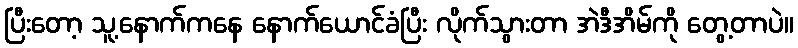
ပြီးတော့ သူ့နောက်ကနေ နောက်ယောင်ခံပြီး လိုက်သွားတာ အဲဒီအိမ်ကို တွေ့တာပဲ။